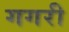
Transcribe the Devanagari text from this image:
गगरी